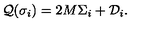
{ \cal Q } ( \sigma _ { i } ) = 2 M \Sigma _ { i } + { \cal D } _ { i } .